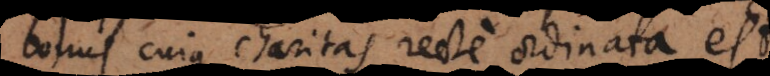
bonus cujus charitas recte ordinata est